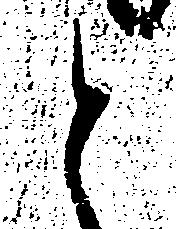
と